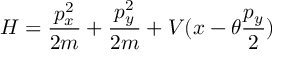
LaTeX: H = \frac { p _ { x } ^ { 2 } } { 2 m } + \frac { p _ { y } ^ { 2 } } { 2 m } + V ( x - \theta \frac { p _ { y } } { 2 } )